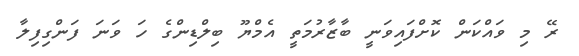
ރޭ މި ވައްކަން ކޮށްފައިވަނީ ބާޒާރުމަތީ އެމްޔޫ ބިލްޑިންގެ ހަ ވަނަ ފަންގިފިލާ